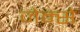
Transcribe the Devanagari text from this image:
जेम्से